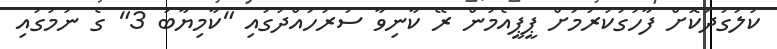
ކުލަގަދަކޮށް ފާހަގަކުރުމަށް ޕީޕީއެމުން ރޭ ކާނިވާ ސަރަހައްދުގައި "ކާމިޔާބު 3" ގެ ނަމުގައި